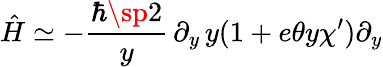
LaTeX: \hat{H}\simeq-{\frac{\hbar\sp 2}{y}}\, \partial_{y}\, y(1+e\theta y\chi^{\prime})\partial_{y}